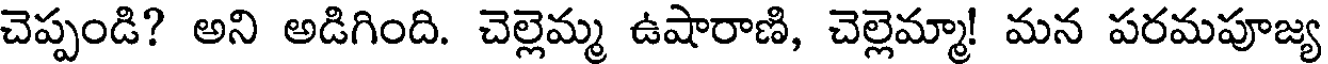
చెప్పండి? అని అడిగింది. చెల్లెమ్మ ఉషారాణి, చెల్లెమ్మా! మన పరమపూజ్య